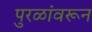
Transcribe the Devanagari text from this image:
पुरळांवरून